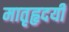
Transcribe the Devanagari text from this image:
मातृहृदयी